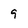
Character: 9